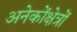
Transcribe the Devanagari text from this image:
अनेकोंक्षेत्रों